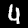
Label: 4